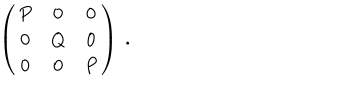
\left( \begin{array} { c c c } { { P } } & { { 0 } } & { { 0 } } \\ { { 0 } } & { { Q } } & { { 0 } } \\ { { 0 } } & { { 0 } } & { { P } } \\ \end{array} \right) ~ .